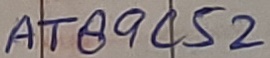
Text: AT89C52